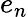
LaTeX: e_{n}